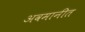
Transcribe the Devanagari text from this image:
अवमानीत